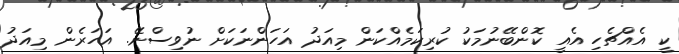
ކީ އެއްޗެހި އެއީ ކޮންބޭނުމަކު ކުރިކަމެއްކަން މިއަދު އަހަންނަކަށް ނުވިސްނޭ. އަހަރެން މިއަދު